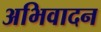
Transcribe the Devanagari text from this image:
अभिवादन